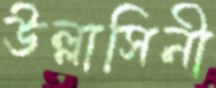
উল্লাসিনী